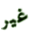
غير